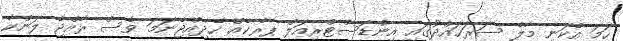
ހަމަ އެކަނި މާލެ ސަރަހައްދުގައި އިންޑަސްޓްރިއަލް ޕާރކެއް ހެދިއްޖެނަމަ ވެސް ރާއްޖެ ލަންކާ